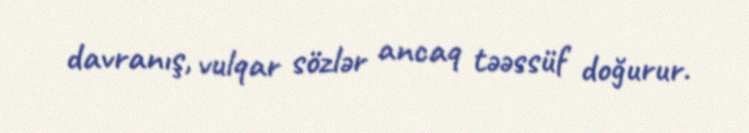
davranış, vulqar sözlər ancaq təəssüf doğurur.